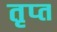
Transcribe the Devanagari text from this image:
तृप्‍त